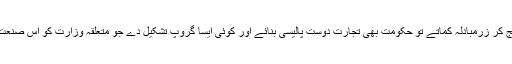
ٹیکس کی صورت میں ریونیو کا ذریعہ بنتے ہیں لوگوں کو باہر بھیج کر زرمبادلہ کماتے تو حکومت بھی تجارت دوست پالیسی بنائے اور کوئی ایسا گروپ تشکیل دے جو متعلقہ وزارت کو اس صنعت کے حقیقی مسائل سے آگاہ کرے اور اس کا فوری حل نکالا جائے۔